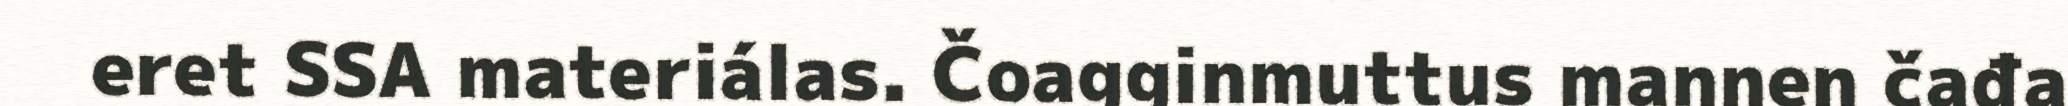
eret SSA materiálas. Čoagginmuttus mannen čađa